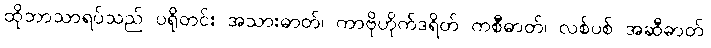
ထိုဘာသာရပ်သည် ပရိုတင်း အသားဓာတ်၊ ကာဗိုဟိုက်ဒရိတ် ကစီဓာတ်၊ လစ်ပစ် အဆီဓာတ်၊